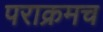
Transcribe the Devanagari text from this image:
पराक्रमच